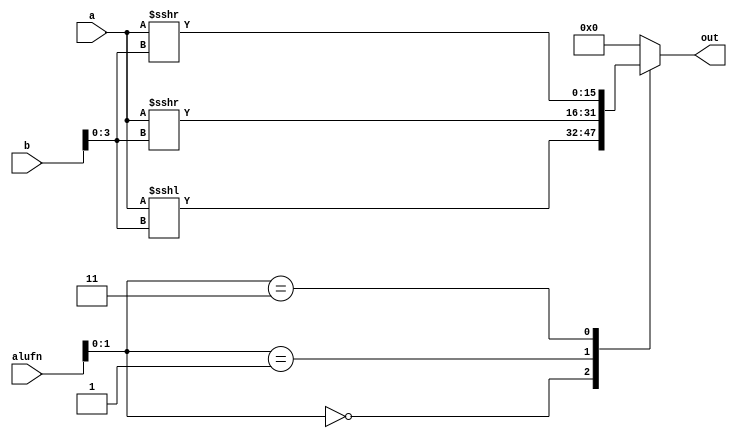
module shifter16_9 (
    input [15:0] a,
    input [15:0] b,
    input [5:0] alufn,
    output reg [15:0] out
  );
  
  
  
  always @* begin
    
    case (alufn[0+1-:2])
      2'h0: begin
        out = a <<< b[0+3-:4];
      end
      2'h1: begin
        out = a >>> b[0+3-:4];
      end
      2'h3: begin
        out = $signed(a) >>> b[0+3-:4];
      end
      default: begin
        out = 1'h0;
      end
    endcase
  end
endmodule